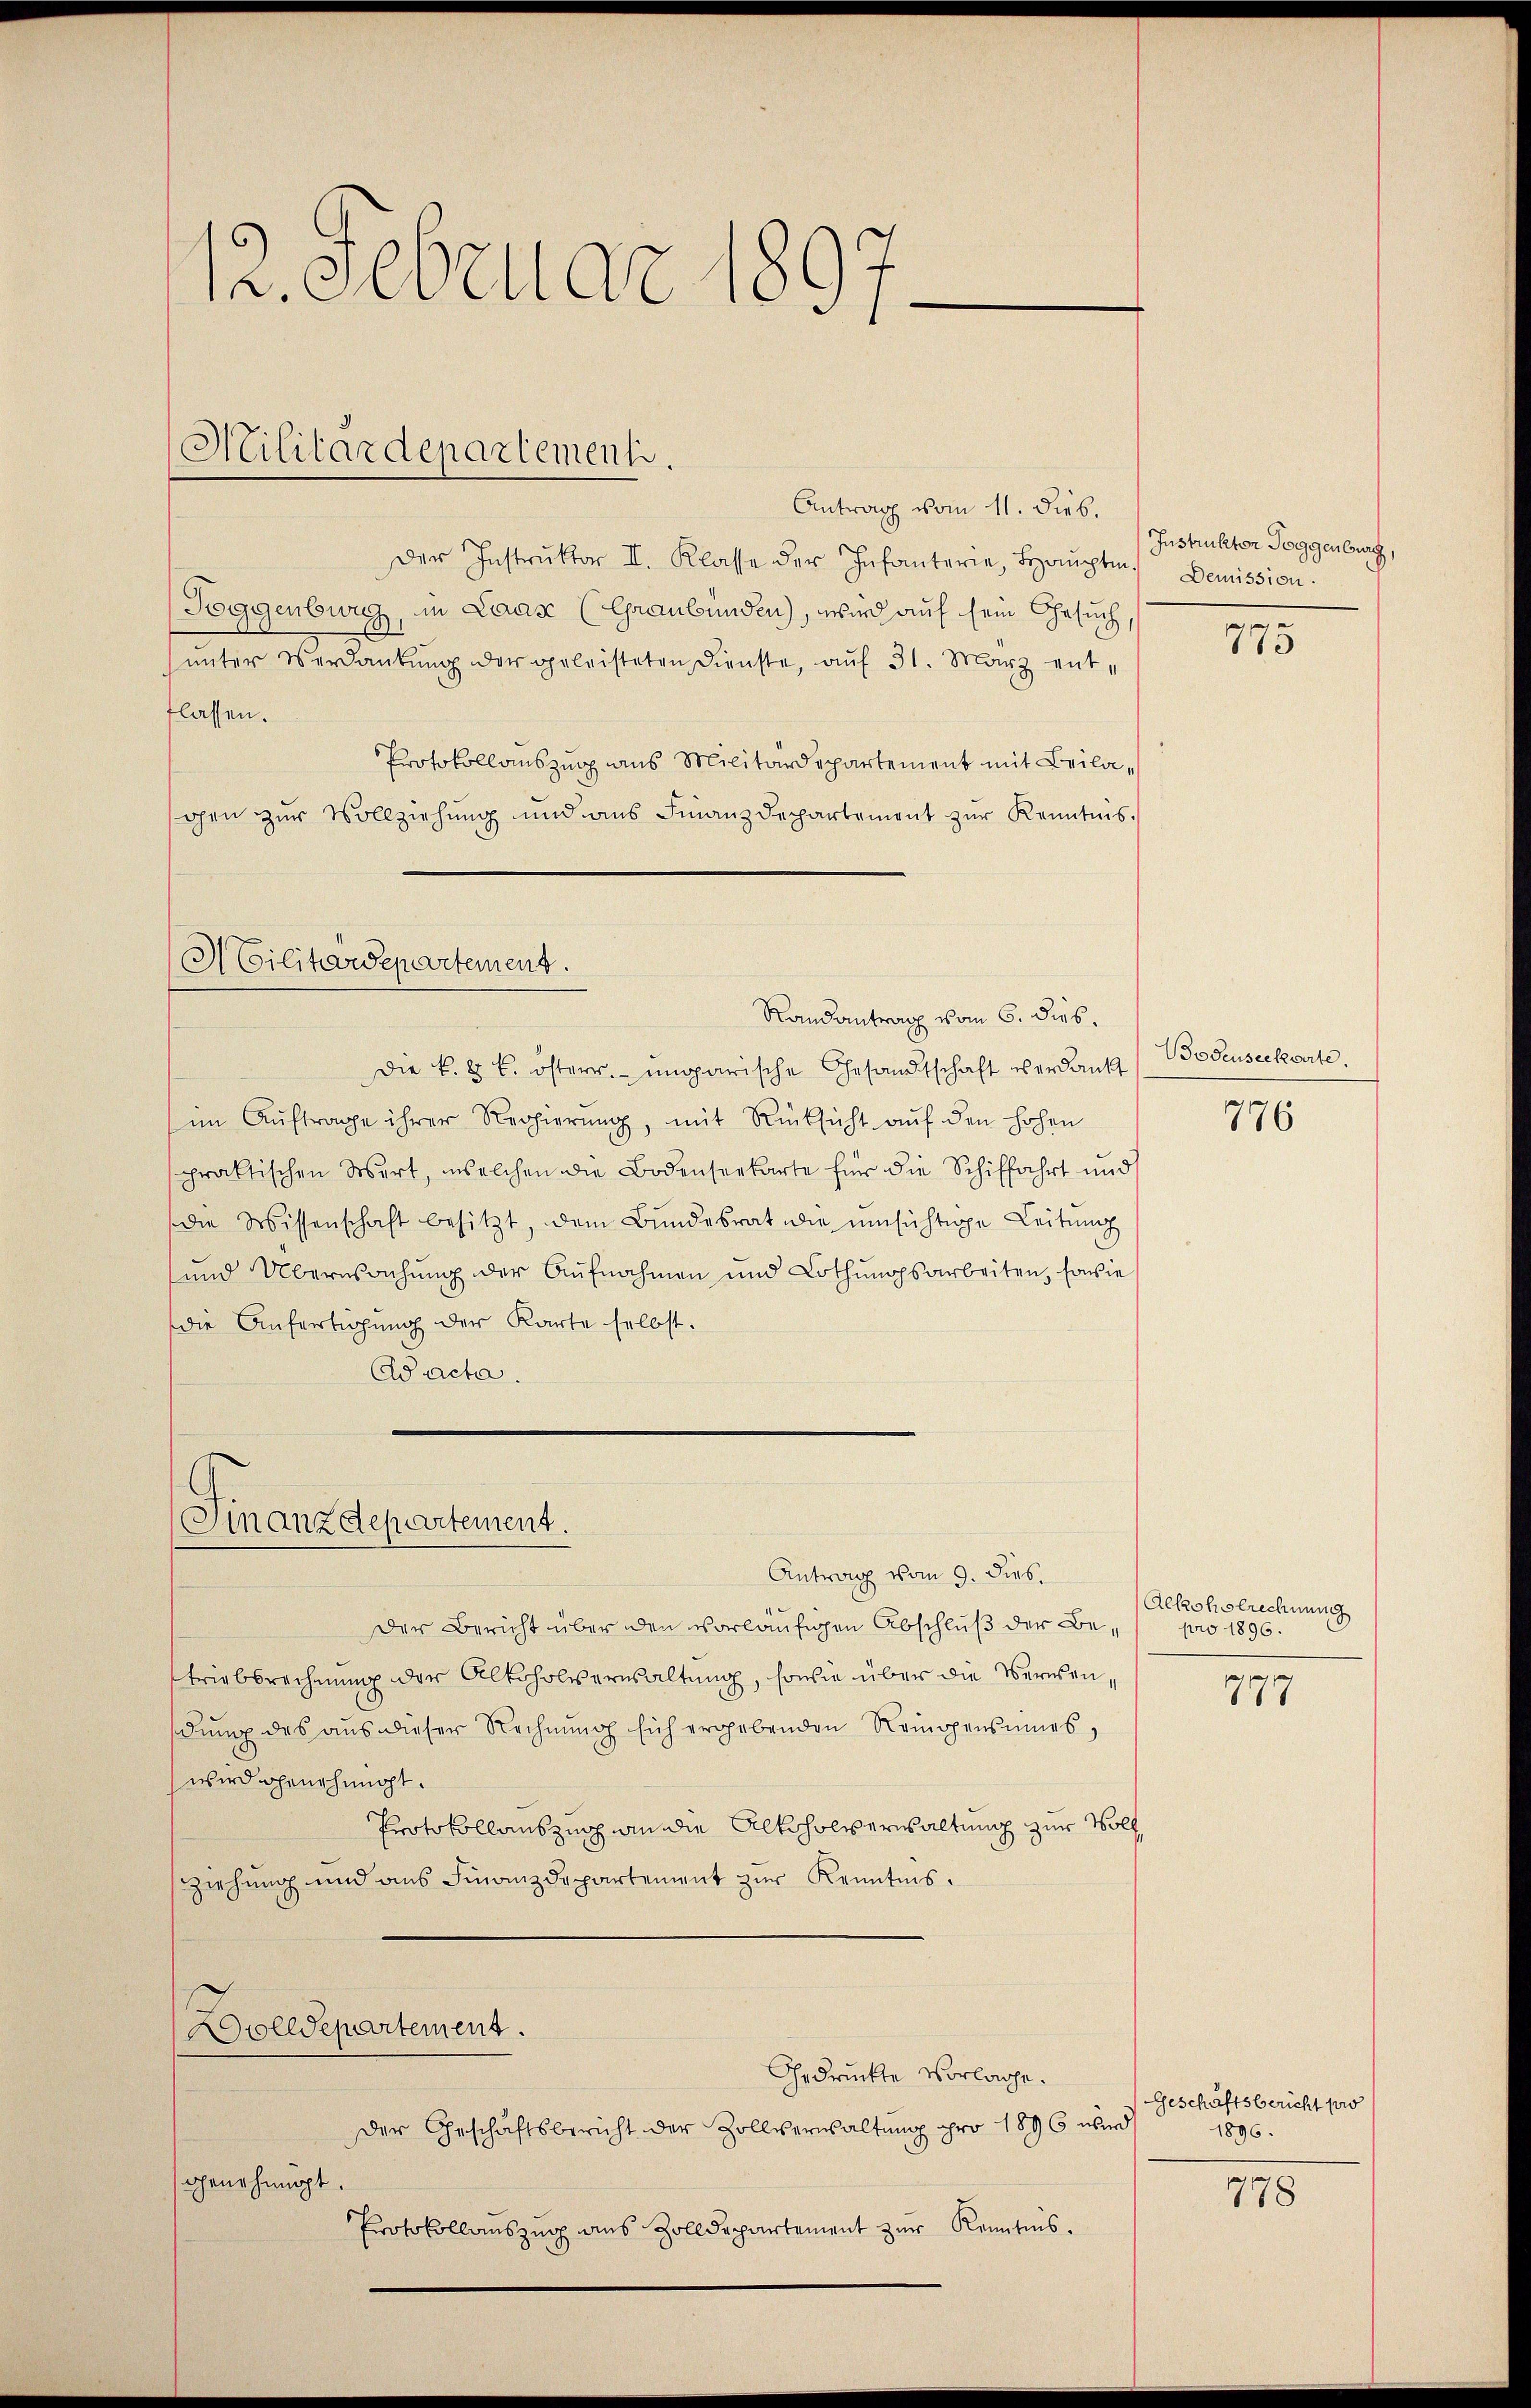
12. Februar 1897

Militärdepartement.

Antrag vom 11. Dieb.
Der Instrŭktor II. Klasse der Infanterie, Haŭptm.
Poggenburg, in Laax (Graubünden), wird auf sein Gesuch,
ŭnter Verdankŭng der geleisteten Dienste, aŭf 31. März ent-
flassen.
Protokollauszug aus Militärdepartement mit Beilaohen zŭr Vollziehung und ans Finanzdepartement zŭr Kenntnis.

A Cilitärdepartement.

Finanzdepartement.

Randantrag vom 6. dies.

Die k. k. k. österr. ungarische Gesandtschaft verdankt
(im Auftrage ihrer Regierŭng, mit Rücksicht auf den hohen
praktischen Wert, welchen die Bodenserkarte für die Schiffahrt und
die Wissenschaft besitzt, dem Bundesrat wie umsichtige Leitung
und Überwachung der Aufnahmen und Lothungsarbeiten, sowie
die Anfertigung der Karte selbst.
Ad acta.

Antrag vom 9. dies.
Der Bericht über den vorläufigen Abschluß der Be pro 1896.
triebsrechnung der Alkoholverwaltung, sowie über die Veren,
dung des aus dieser Rechnung sich ergebenden Reingensiues,
wird genehmigt.
Protokollauszusch an die Altsholverwaltung zur Voll¬
Ziehung und aus Finanzdepartement zur Kenntnis.
Dolldepartement.

Gedruckte Vorlage.
der Geschäftsbericht der Zollverwaltung pro 1896 wird
genehmigt.
Protokollauszug aus Zolldepartement zur Kenntnis.

Instrukten Toggenburg,
Demission.

775

Bodenseckarte.

776

Alkoholrechnung
e

177

Geschäftsbericht pro
1896.

778